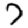
Digit: 7